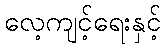
လေ့ကျင့်ရေးနှင့်